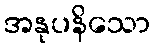
အနုပနိသော